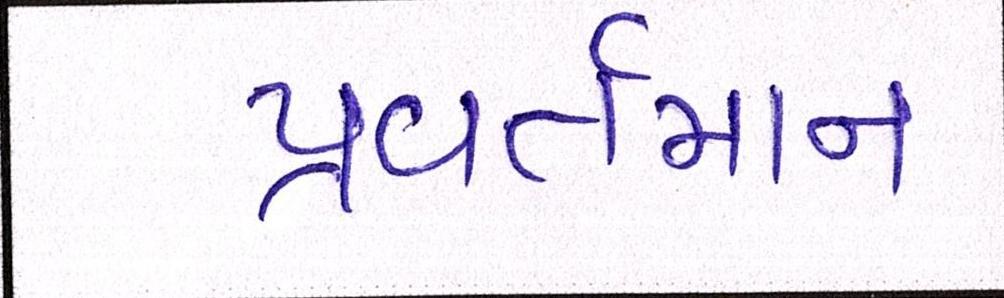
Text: પ્રવર્તમાન